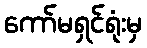
ကော်မရှင်ရုံးမှ